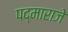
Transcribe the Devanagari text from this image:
पद्‌माराजे